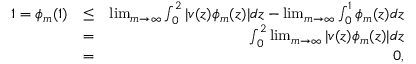
\begin{array} { r l r } { 1 = \phi _ { m } ( 1 ) } & { \le } & { \operatorname* { l i m } _ { m \to \infty } \int _ { 0 } ^ { 2 } | v ( z ) \phi _ { m } ( z ) | d z - \operatorname* { l i m } _ { m \to \infty } \int _ { 0 } ^ { 1 } \phi _ { m } ( z ) d z } \\ & { = } & { \int _ { 0 } ^ { 2 } \operatorname* { l i m } _ { m \to \infty } | v ( z ) \phi _ { m } ( z ) | d z } \\ & { = } & { 0 , } \end{array}